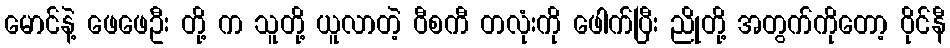
မောင်နဲ့ ဖေဖေဦး တို့ က သူတို့ ယူလာတဲ့ ဝီစကီ တလုံးကို ဖေါက်ပြီး ညိုတို့ အတွက်ကိုတော့ ဝိုင်နီ